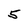
Character: 5